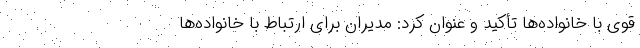
قوی با خانواده‌ها تأکید و عنوان کرد: مدیران برای ارتباط با خانواده‌ها